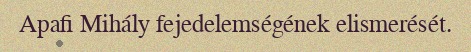
Apafi Mihály fejedelemségének elismerését.